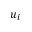
u _ { i }